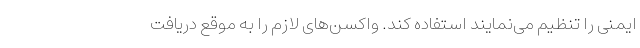
ایمنی را تنظیم می‌نمایند استفاده کند. واکسن‌های لازم را به موقع دریافت